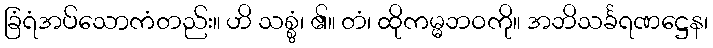
ခြံရံအပ်သောကံတည်း။ ဟိ သစ္စွံ၊ ၏။ တံ၊ ထိုကမ္မဘဝကို။ အဘိသင်္ခရဏဋ္ဌေန၊